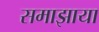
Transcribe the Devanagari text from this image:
समाझाया